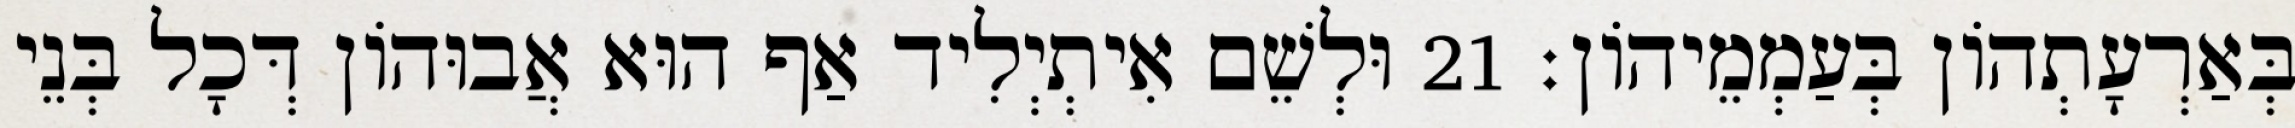
בְּאַרְעָתְהוֹן בְּעַמְמֵיהוֹן׃ 21 וּלְשֵׁם אִיתְיְלִיד אַף הוּא אֲבוּהוֹן דְּכָל בְּנֵי